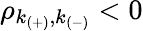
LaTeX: \rho_{k_{(+)},k_{(-)}}<0